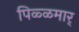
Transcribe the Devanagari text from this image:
पिळ्ळमार्